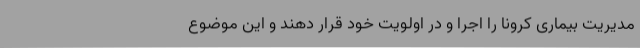
مدیریت بیماری کرونا را اجرا و در اولویت خود قرار دهند و این موضوع